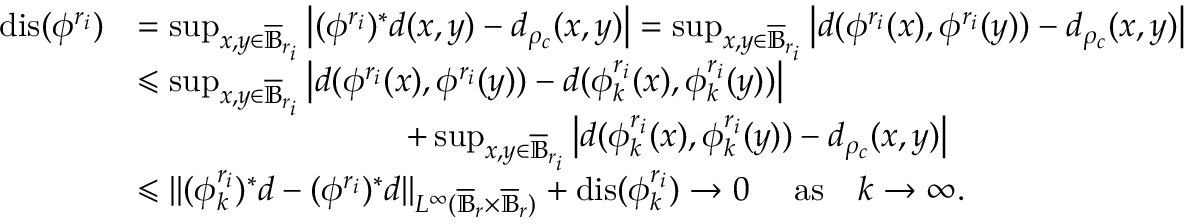
\begin{array} { r l } { \mathrm { d i s } ( \phi ^ { r _ { i } } ) } & { = \operatorname* { s u p } _ { x , y \in \overline { { \mathbb B } } _ { r _ { i } } } \left\vert ( \phi ^ { r _ { i } } ) ^ { * } d ( x , y ) - d _ { \rho _ { c } } ( x , y ) \right\vert = \operatorname* { s u p } _ { x , y \in \overline { { \mathbb B } } _ { r _ { i } } } \left\vert d ( \phi ^ { r _ { i } } ( x ) , \phi ^ { r _ { i } } ( y ) ) - d _ { \rho _ { c } } ( x , y ) \right\vert } \\ & { \leqslant \operatorname* { s u p } _ { x , y \in \overline { { \mathbb B } } _ { r _ { i } } } \left\vert d ( \phi ^ { r _ { i } } ( x ) , \phi ^ { r _ { i } } ( y ) ) - d ( \phi _ { k } ^ { r _ { i } } ( x ) , \phi _ { k } ^ { r _ { i } } ( y ) ) \right\vert } \\ & { \qquad \qquad \qquad \qquad + \operatorname* { s u p } _ { x , y \in \overline { { \mathbb B } } _ { r _ { i } } } \left\vert d ( \phi _ { k } ^ { r _ { i } } ( x ) , \phi _ { k } ^ { r _ { i } } ( y ) ) - d _ { \rho _ { c } } ( x , y ) \right\vert } \\ & { \leqslant \| ( \phi _ { k } ^ { r _ { i } } ) ^ { * } d - ( \phi ^ { r _ { i } } ) ^ { * } d \| _ { L ^ { \infty } ( \overline { { \mathbb B } } _ { r } \times \overline { { \mathbb B } } _ { r } ) } + \mathrm { d i s } ( \phi _ { k } ^ { r _ { i } } ) \to 0 \mathrm { \quad ~ a s \quad } k \to \infty . } \end{array}